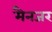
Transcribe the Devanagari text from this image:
मैनजर